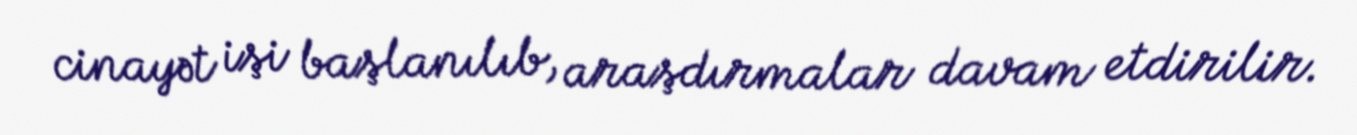
cinayət işi başlanılıb, araşdırmalar davam etdirilir.